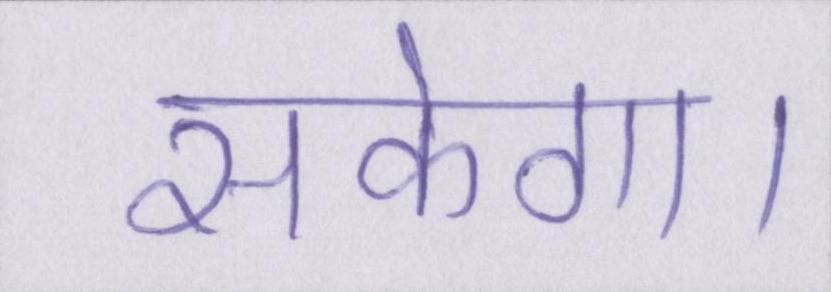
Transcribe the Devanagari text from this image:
सकेगा।